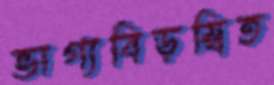
ভাগ্যবিড়ম্বিত